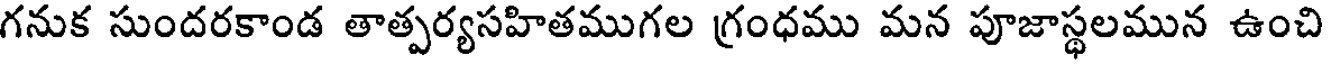
గనుక సుందరకాండ తాత్పర్యసహితముగల గ్రంధము మన పూజాస్థలమున ఉంచి